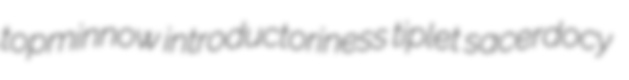
topminnow introductoriness tiplet sacerdocy